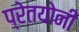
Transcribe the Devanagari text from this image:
प्रेतयोनी